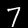
Label: 7